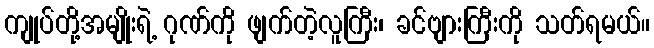
ကျုပ်တို့အမျိုးရဲ့ ဂုဏ်ကို ဖျက်တဲ့လူကြီး၊ ခင်ဗျားကြီးကို သတ်ရမယ်။